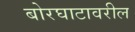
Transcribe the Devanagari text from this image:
बोरघाटावरील